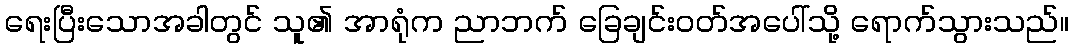
ရေးပြီးသောအခါတွင် သူ၏ အာရုံက ညာဘက် ခြေချင်းဝတ်အပေါ်သို့ ရောက်သွားသည်။